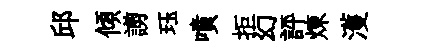
邱傾謭珏噴拒幻評煉濩